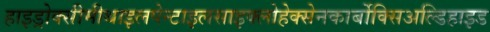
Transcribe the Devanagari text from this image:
हाइड्रोक्सीमीथाइलपेन्टाइलसाइक्लोहेक्सेनकार्बोक्सिअल्डिहाइड